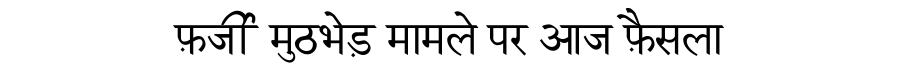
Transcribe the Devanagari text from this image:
फ़र्जी मुठभेड़ मामले पर आज फ़ैसला